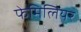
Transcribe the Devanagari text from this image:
फेमिलियर